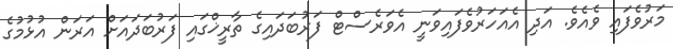
މަރުވެފައި ވެއެވެ. އަދި އެއަހަރުވެފައިވަނީ އެވަރެސްޓް ފަރުބަދައިގެ ތާރީޚްގައި ފަރުބަދައަށް އަރަން އުޅުމުގެ